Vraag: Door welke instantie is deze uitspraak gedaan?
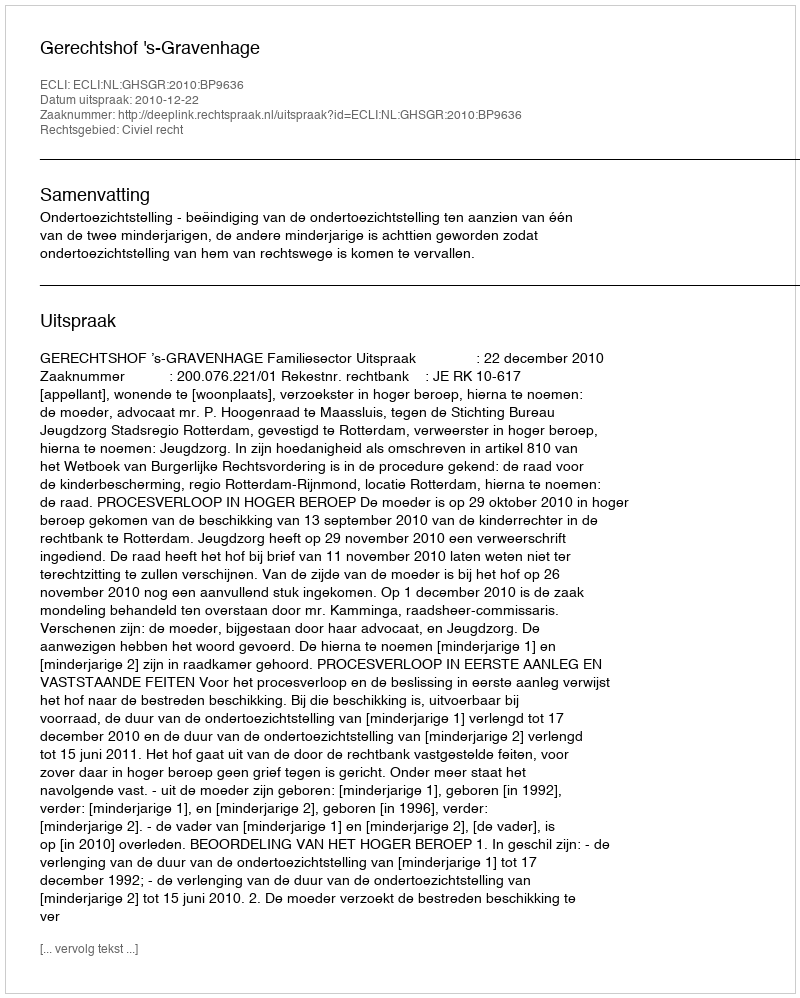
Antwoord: Gerechtshof 's-Gravenhage